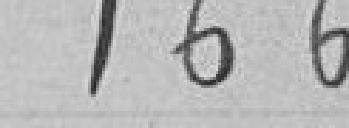
166